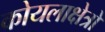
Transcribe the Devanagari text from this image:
कोयलाक्षेत्रों